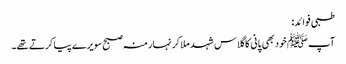
طبی فوائد:
آپ ﷺ خود بھی پانی کا گلاس شہد ملا کر نہار منہ صبح سویرے پیا کرتے تھے۔